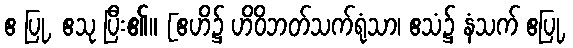
ဧ ပြု, ဧသု ပြီး၏။ [ဧဟိ၌ ဟိဝိဘတ်သက်ရုံသာ၊ ဧသံ၌ နံသက် ဧပြု,